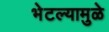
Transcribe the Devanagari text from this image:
भेटल्यामुळे